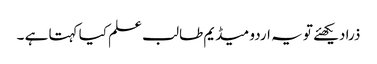
ذرا دیکھئے تو یہ اردو میڈیم طالب علم کیا کہتا ہے ۔